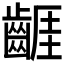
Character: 𪘬